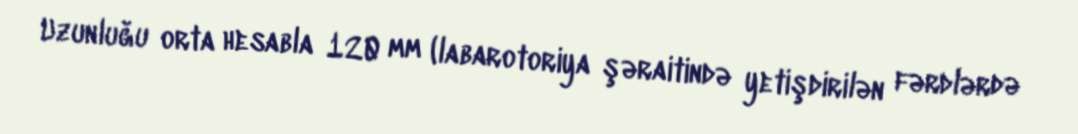
Uzunluğu orta hesabla 120 mm (labarotoriya şəraitində yetişdirilən fərdlərdə